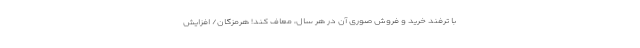
با ترفند خرید و فروش صوری آن در هر سال، معاف کند! هرمزگان/ افزایش